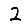
Digit: 2